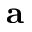
\mathbf { a }